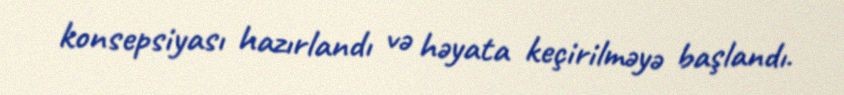
konsepsiyası hazırlandı və həyata keçirilməyə başlandı.